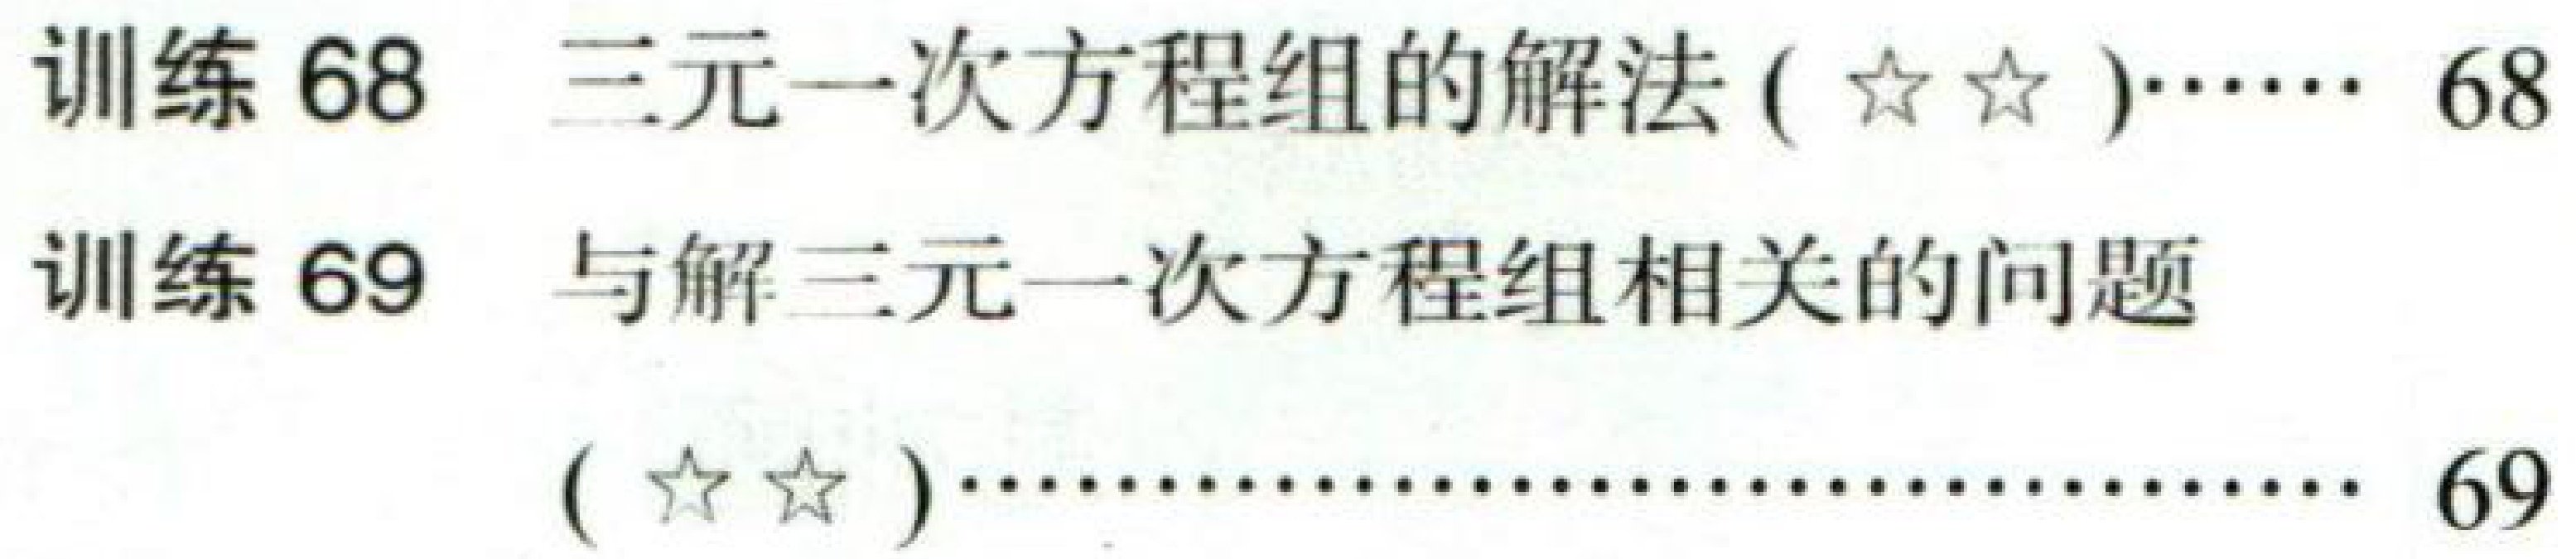
训练 68  三元一次方程组的解法 ($\star\star$)…… 68

训练 69  与解三元一次方程组相关的问题 ($\star\star$)………………………………………… 69